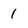
Character: 1